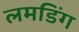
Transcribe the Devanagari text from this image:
लमडिंग